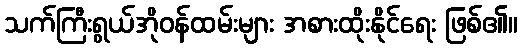
သက်ကြီးရွယ်အိုဝန်ထမ်းများ အစားထိုးနိုင်ရေး ဖြစ်၏။